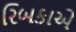
રિબકાએ